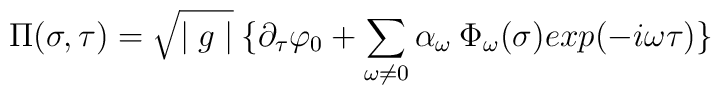
\Pi(\sigma,\tau) =  \sqrt{\mid g \mid}\: \{ \partial_\tau \varphi_0 + \sum_{\omega \neq0} \alpha_\omega\:\Phi_\omega(\sigma) exp(-i \omega \tau) \}